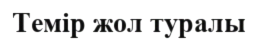
Темір жол туралы